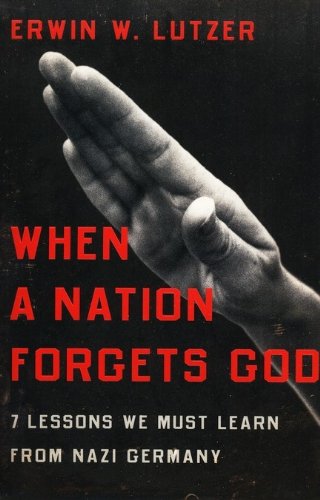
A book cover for When a Nation Forgets God: 7 Lessons We Must Learn from Nazi Germany; Erwin W. Lutzer; Christian Books & Bibles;